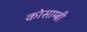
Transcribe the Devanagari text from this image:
कोसाम्बी